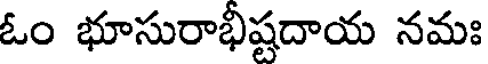
ఓం భూసురాభీష్టదాయ నమః